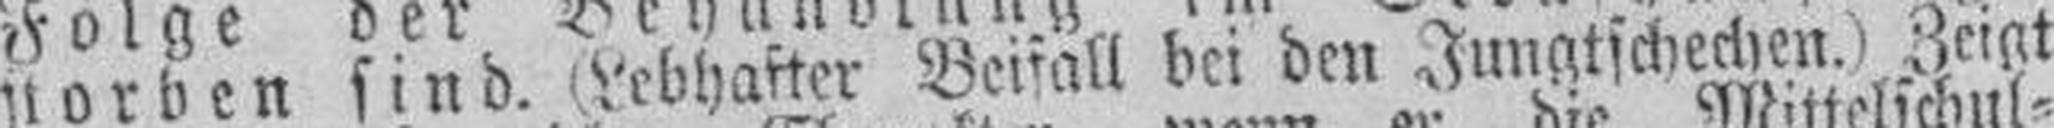
storden sind. (Lebhafter Beifall bei den Jungtchechen.) Zeigt